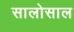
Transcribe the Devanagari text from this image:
सालोसाल